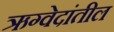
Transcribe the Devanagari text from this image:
ऋग्वेदांतील